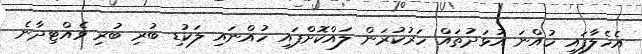
އެހެލާފައި ހުއްނަ އުޅަދުތައް ހަރުކުރަން ލައްކޮށްފައި ހުއްނައި ލަކުޑި ބުރި ބުރި ވެއްޓިދާނެ